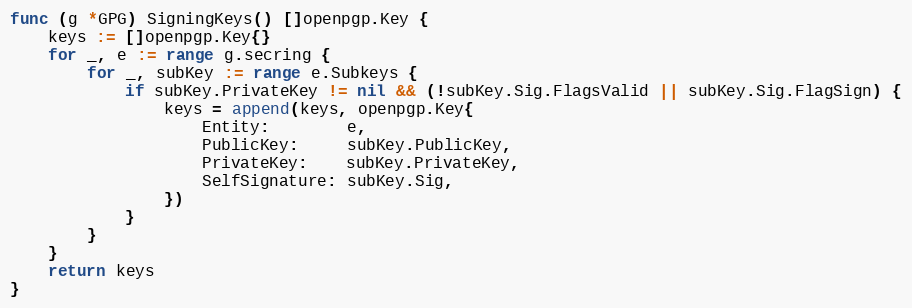
Language: Go
func (g *GPG) SigningKeys() []openpgp.Key {
	keys := []openpgp.Key{}
	for _, e := range g.secring {
		for _, subKey := range e.Subkeys {
			if subKey.PrivateKey != nil && (!subKey.Sig.FlagsValid || subKey.Sig.FlagSign) {
				keys = append(keys, openpgp.Key{
					Entity:        e,
					PublicKey:     subKey.PublicKey,
					PrivateKey:    subKey.PrivateKey,
					SelfSignature: subKey.Sig,
				})
			}
		}
	}
	return keys
}